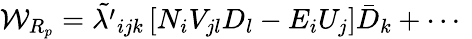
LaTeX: {\cal W}_{R_{p}}=\tilde{\lambda^{\prime}}_{ijk}\left[N_{i}V_{jl}D_{l}-E_{i}U_{j}\right]\bar{D}_{k}+\cdots~